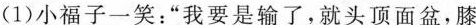
(1)小福子一笑：“我要是输了，就头顶面盆，膝